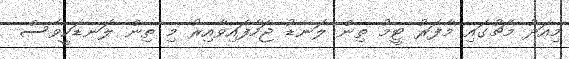
މިއަދު މެޗުގައި މާފަރު ޓީމު ތިން ލަނޑު ޖަހާފައިވާއިރު މި ތިން ލަނޑަކީވެސް